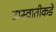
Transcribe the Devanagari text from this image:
उम्स्वातीकडे